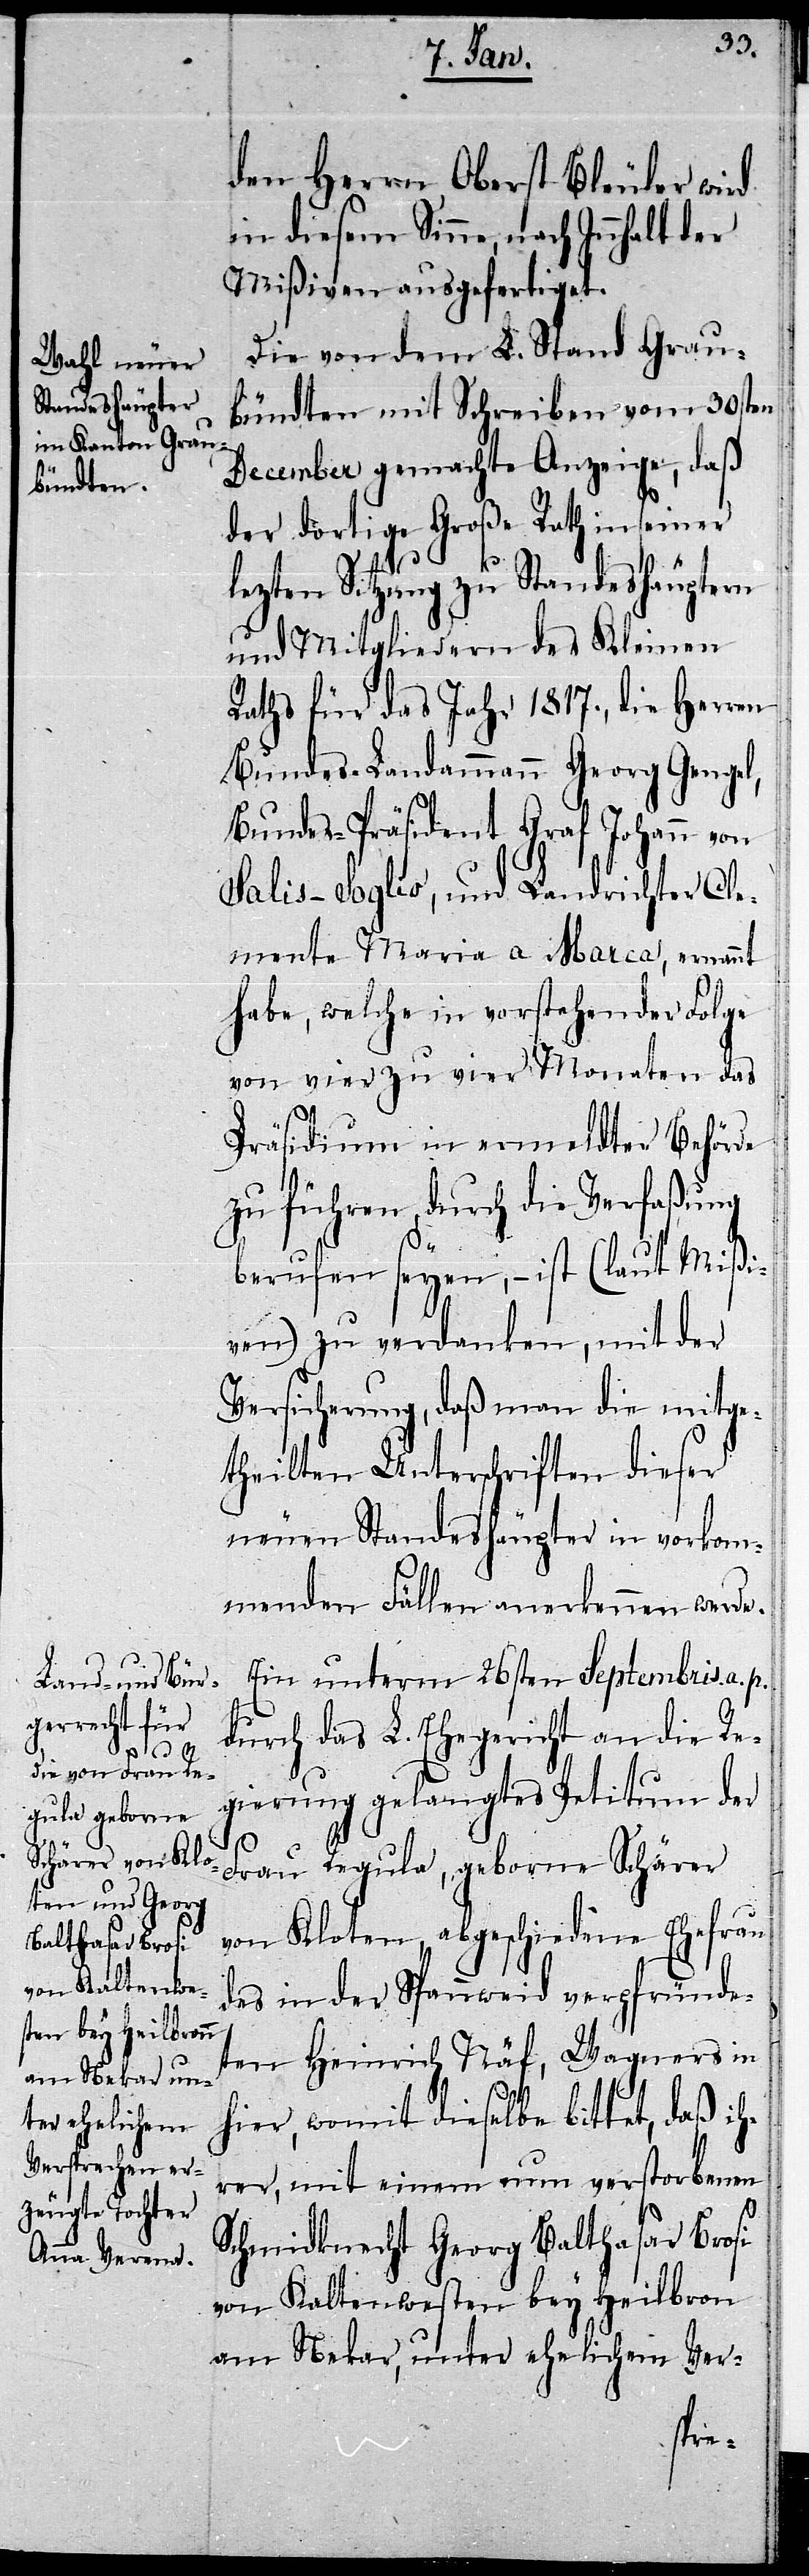
den Herrn Oberst Bleuler wird
in diesem Sinne, nach Inhalt der
Mißiven ausgefertiget.
Die von dem L.Stand Grau¬
bündten mit Schreiben vom 30sten¬
December gemachte Anzeige, daß
der dortige Große Rath in seiner
lezten Sitzung zu Standeshäuptern
und Mitgliedern des Kleinen
Raths für das Jahr1817., die Herren
Bundes-Landammann Georg Gengel,
Bundes-Präsident Graf Johann von
Salis-Soglio, und Landrichter Cle¬
mente Maria a Marca, ernannt
habe, welche in vorstehender Folge
von vier zu vier Monaten das
Präsidium in ermeldter Behörde
zu führen, durch die Verfaßung
berufen seyen, – ist (laut Mißi¬
ven) zu verdanken, mit der
Versicherung, daß man die mitge¬
theilten Unterschriften dieser
neuen Standeshäupter in vorkom¬
menden Fällen anerkennen werde.
Ein unterm 26sten Septembris a. p.
durch das L. Ehegericht an die Re¬
gierung gelangtes Petitum der
Frau Regula, geborne Schärer
von Kloten, abgeschiedene Ehefrau
des in der Spannweid verpfründe¬
ten Heinrich Näf, Wagners in
hier, womit dieselbe bittet, daß ih¬
rer, mit einem nun verstorbenen
Schmidknecht Georg Balthasar Brosi
von Kaltenwesten bey Heilbron
am Nekar, unter ehelichem Ver-